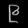
Digit: ၉